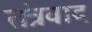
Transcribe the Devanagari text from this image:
तंत्रवाद